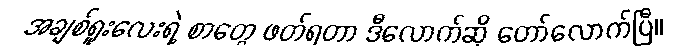
အချစ်ရူးလေးရဲ့ စာတွေ ဖတ်ရတာ ဒီလောက်ဆို တော်လောက်ပြီ။